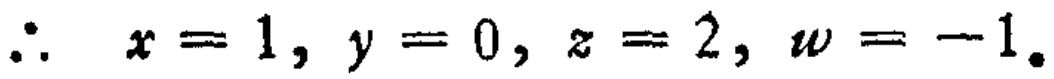
\(\therefore x = 1, y = 0, z = 2, w = -1.\)